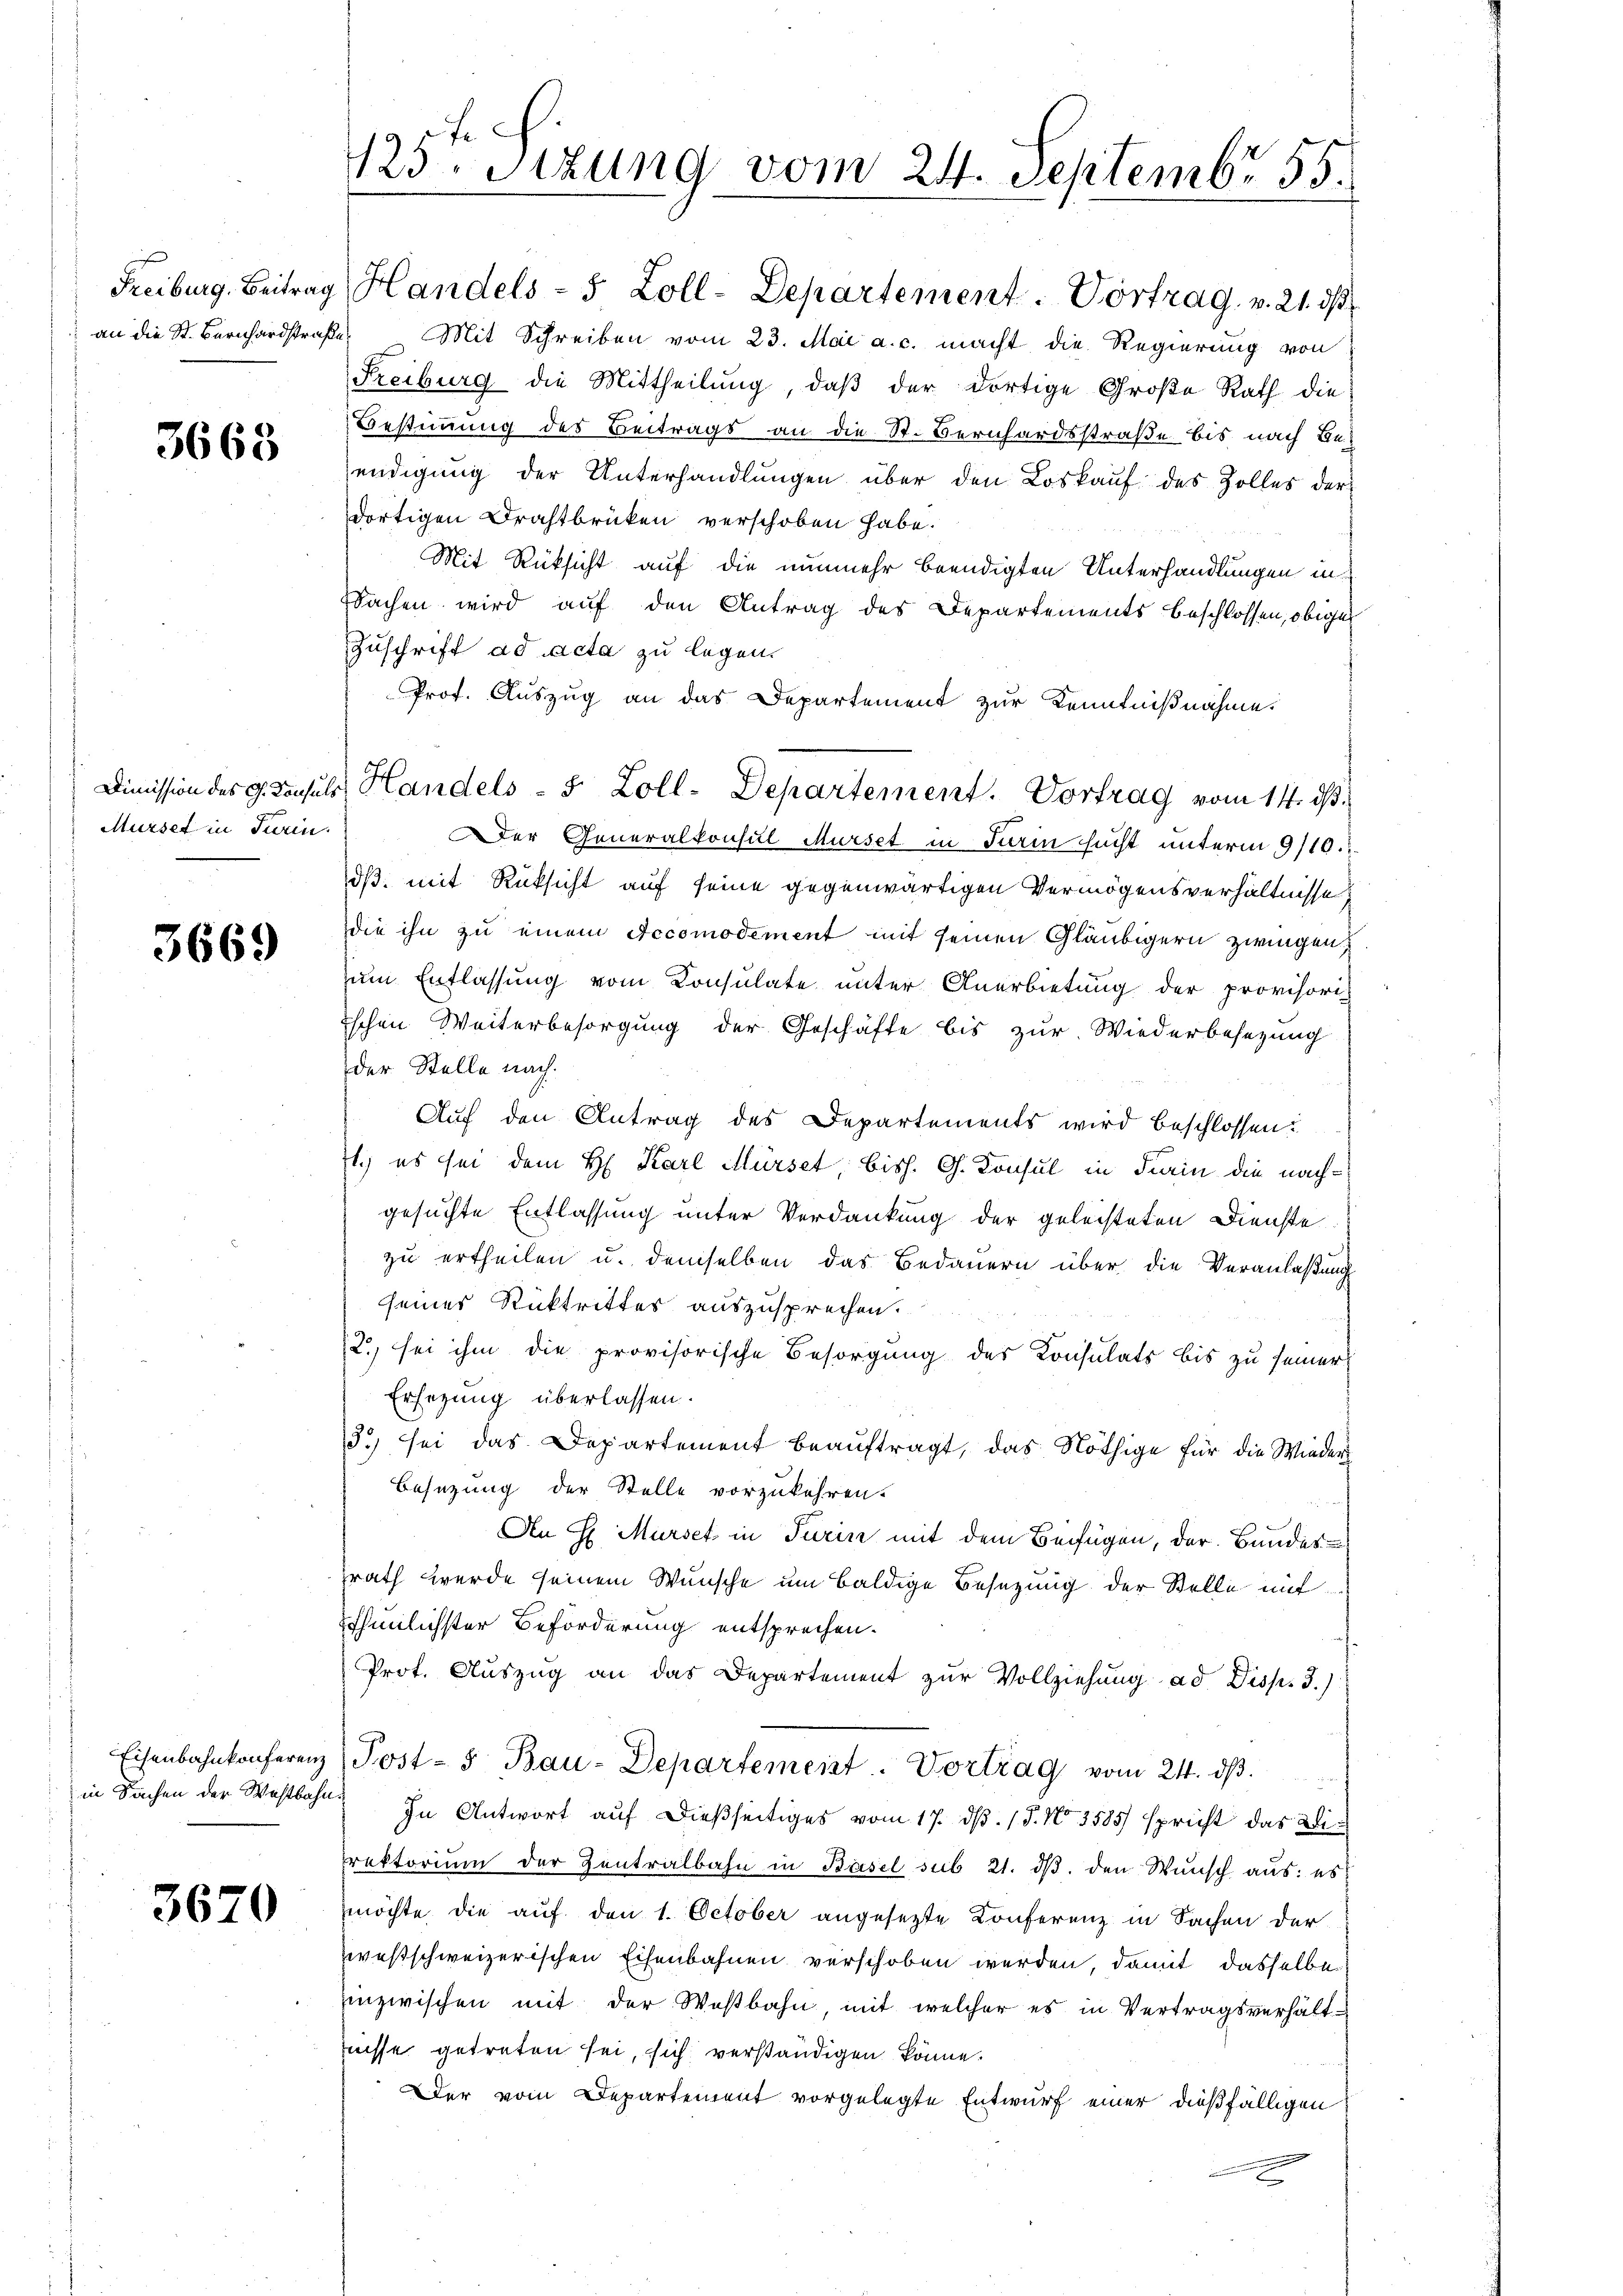
3663

Murser in Turin.

3669

3670

125ten Sizung vom 24. Septembr 55.

Freiburg. Beitrag Handels - 5 Zoll-Departement. Vortrag v. 21. ds.
an die St. Bernhardstraße, Mit Schreiben vom 23. Mai a. c. macht die Regierung von
Freiburg die Mittheilung, daß der dortige Große Rath die
Bestimmung des Beitrags an die St. Bernhardsstraße bis nach Beendigung der Unterhandlungen über den Loskauf des Zolles der
dortigen Drahtbrücken verschoben habe.
Mit Rüksicht auf die nunmehr beendigten Unterhandlungen in
Sachen wird auf den Antrag des Departements beschlossen, obiger
Zuschrift ad acta zu legen.
Prof. Auszug an das Departement zur Kenntnißnahme.
Der Generalkonsul Musset in darin sucht unterm 9/10.
dß mit Rüksicht auf seine gegenwärtigen Vermögensverhältnisse
die ihn zu einem Accomodement mit seinen Gläubigern zwingen
um Entlassung vom Consulate unter Anerbietung der provisori-
schen Weiterbesorgung der Geschäfte bis zur Wiederbesezung
der Stelle nach.
Auf den Antrag des Departements wird beschlossen?
71.) es sei dem H. Karl Mürset, bish. G. Konsul in Turin die nachgesuchte Entlassung unter Verdankung der geleisteten Dienste
zu ertheilen u. demselben das Bedauern über die Veranlaßung
seiner Rücktrittes auszusprechen.
2.) sei ihm die provisorische Besorgung des Konsulats bis zu seiner
Ersezung überlassen.
3) sei das Departement beauftragt, das Nöthige für die Wieder
Besetzung der Stelle vorzukehren.
An H Murse in Turin mit dem Beifügen, der Bundes
srath werde seinem Wunsche um baldige Besetzung der Stelle mit
thunlichster Beförderung entsprechen.
Prot. Auszug an das Departement zur Vollziehung ad Disp. 3.)
Eisenbahnkonferenz (Post- 5 Bau-Departemeist. Vortrag vom 24. dβ.
in Sachen der Westbahn. In Antwort auf dießseitiges vom 17. d. 15. No. 3585) spricht das Wie
rektorium der Zentralbahn in Basel sub 21. dβ. den Wunsch aus: es
möchte die auf den 1. October angesetzte Conferenz in Sachen der
westschweizerischen Eisenbahnen verschoben werden, damit dasselbe
inzwischen mit der Westbahn, mit welcher es in Vertragsverhältnüsse getreten sei, sich verständigen könne.
Der vom Departement vorgelegte Entwurf einer dießfälligen
2

Dimission des G. Konsuls Handels - 5 Zoll-Departement. Vortrag vom 14. ds.